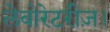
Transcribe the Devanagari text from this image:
लेबोरेटरीज़।